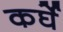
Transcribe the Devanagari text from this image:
कर्घे